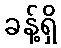
ခန့်ရှိ